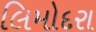
લિમોદરા